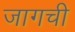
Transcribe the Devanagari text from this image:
जागची